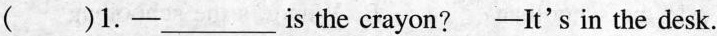
( )1.— ___ is the crayon? —It's in the desk.